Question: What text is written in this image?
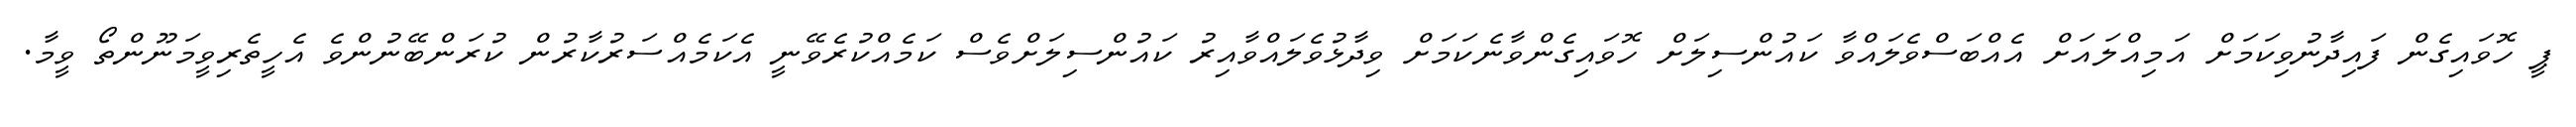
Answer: ޕީ ހޮވައިގެން ފައިދާނުވިކަމަށް އަމިއްލައަށް އެއްބަސްވެލައްވާ ކައުންސިލަށް ހޮވައިގެންވާނެކަމަށް ވިދާޅުވެލައްވާއިރު ކައުންސިލަށްވެސް ކަމެއްކުރެވޭނީ އެކަމެއްސަރުކާރުން ކުރަންބޭނުންވެ އެހީތެރިވީމަނޫންތޯ ވީމާ.